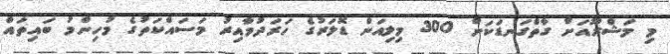
މި މަޝްރޫއަށް ގާތްގަނޑަކަށް 300 މިލިއަން ޑޮލަރުގެ ހަރަދުވާއިރު މަސައްކަތުގެ މުހިންމު ބައިތައް